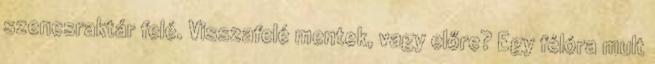
szenesraktár felé. Visszafelé mentek, vagy előre? Egy félóra mult